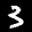
Label: 3